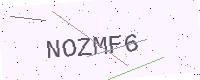
Text: NOZMF6